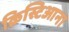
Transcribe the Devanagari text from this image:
क्रिस्टिआना